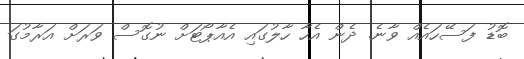
ބޮޑު ފަސޭހައެއް ވާނެ. ދެން އެހާ ހާލުގައި އެއާޕޯޓަށް ނުގޮސް ވަރަށް އަރާމުގަ